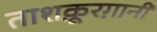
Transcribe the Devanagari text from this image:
ताशक़ूरग़ानी